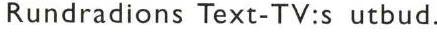
Rundradions Text-TV:s utbud.